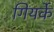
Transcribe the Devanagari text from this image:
गियर्के